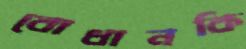
বোধানকি